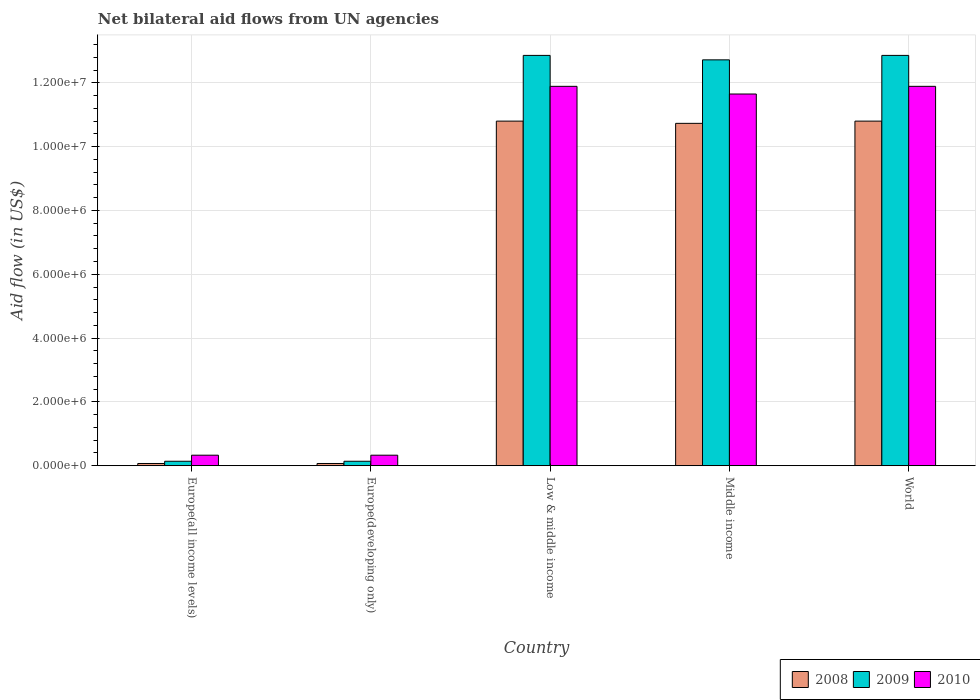
| Country | 2008 | 2009 | 2010 |
 | --- | --- | --- | --- |
 | Europe(all income levels) | 7e+04 | 1.4e+05 | 3.3e+05 |
 | Europe(developing only) | 7e+04 | 1.4e+05 | 3.3e+05 |
 | Low & middle income | 1.08e+07 | 1.29e+07 | 1.19e+07 |
 | Middle income | 1.07e+07 | 1.27e+07 | 1.16e+07 |
 | World | 1.08e+07 | 1.29e+07 | 1.19e+07 |